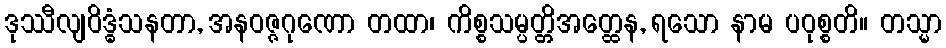
ဒုဿီလျဝိဒ္ဓံသနတာ, အနဝဇ္ဇဂုဏော တထာ၊ ကိစ္စသမ္ပတ္တိအတ္ထေန, ရသော နာမ ပဝုစ္စတိ။ တသ္မာ